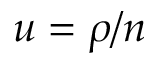
u = \rho / n